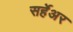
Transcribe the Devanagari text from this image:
सर्हेअर